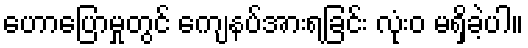
ဟောပြောမှုတွင် ကျေနပ်အားရခြင်း လုံးဝ မရှိခဲ့ပါ။